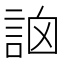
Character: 䛜